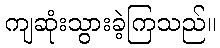
ကျဆုံးသွားခဲ့ကြသည်။